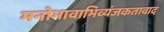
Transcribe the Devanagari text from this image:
मनोभावाभिव्यंजकतावाद